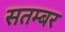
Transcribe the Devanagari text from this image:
सतम्बर